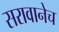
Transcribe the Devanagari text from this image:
सरावानेच